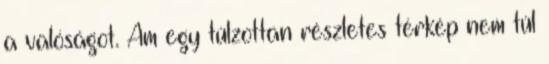
a valóságot. Ám egy túlzottan részletes térkép nem túl